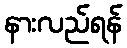
နားလည်ရန်